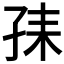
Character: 𡥤